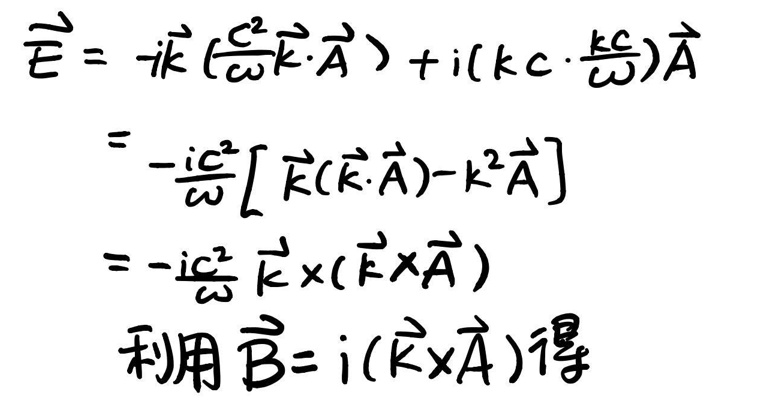
\[
\begin{align*}
\hat{E}&=ik\left(\frac{\omega}{kc}\vec{k}\cdot\vec{A}\right)+i\left(kc\cdot\frac{k}{\omega}\right)\vec{A}\\
&=-\frac{ic^2}{\omega}\left[\vec{k}(\vec{k}\cdot\vec{A})-k^2\vec{A}\right]\\
&=-ic^2\vec{k}\times(\vec{k}\times\vec{A})
\end{align*}
\]

利用\(\vec{B}=i(\vec{k}\times\vec{A})\)得